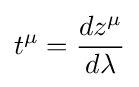
t^{\mu }={\frac {dz^{\mu }}{d\lambda }}